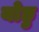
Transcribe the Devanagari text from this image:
योछु